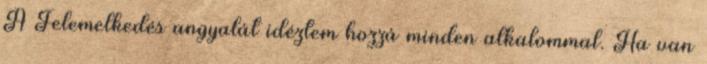
A Felemelkedés angyalát idéztem hozzá minden alkalommal. Ha van